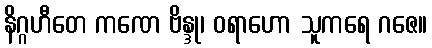
နိဂ္ဂဟီတေ ကဏေ ဗိန္ဒု၊ ဝရာဟော သူကရေ ဂဇေ။